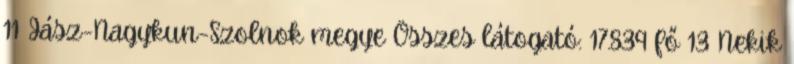
11 Jász-Nagykun-Szolnok megye Összes látogató: 17.839 fő 13 Nekik